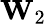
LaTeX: \mathbf{W}_{2}